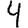
Digit: 4